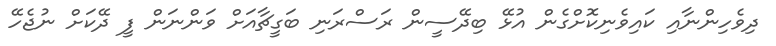
ދިވެހިންނާއި ކައިވެނިކޮށްގެން އުޅޭ ބިދޭސީން ރަސްރަނި ބަގީޗާއަށް ވަންނަން ފީ ދޭކަށް ނުޖެހޭ